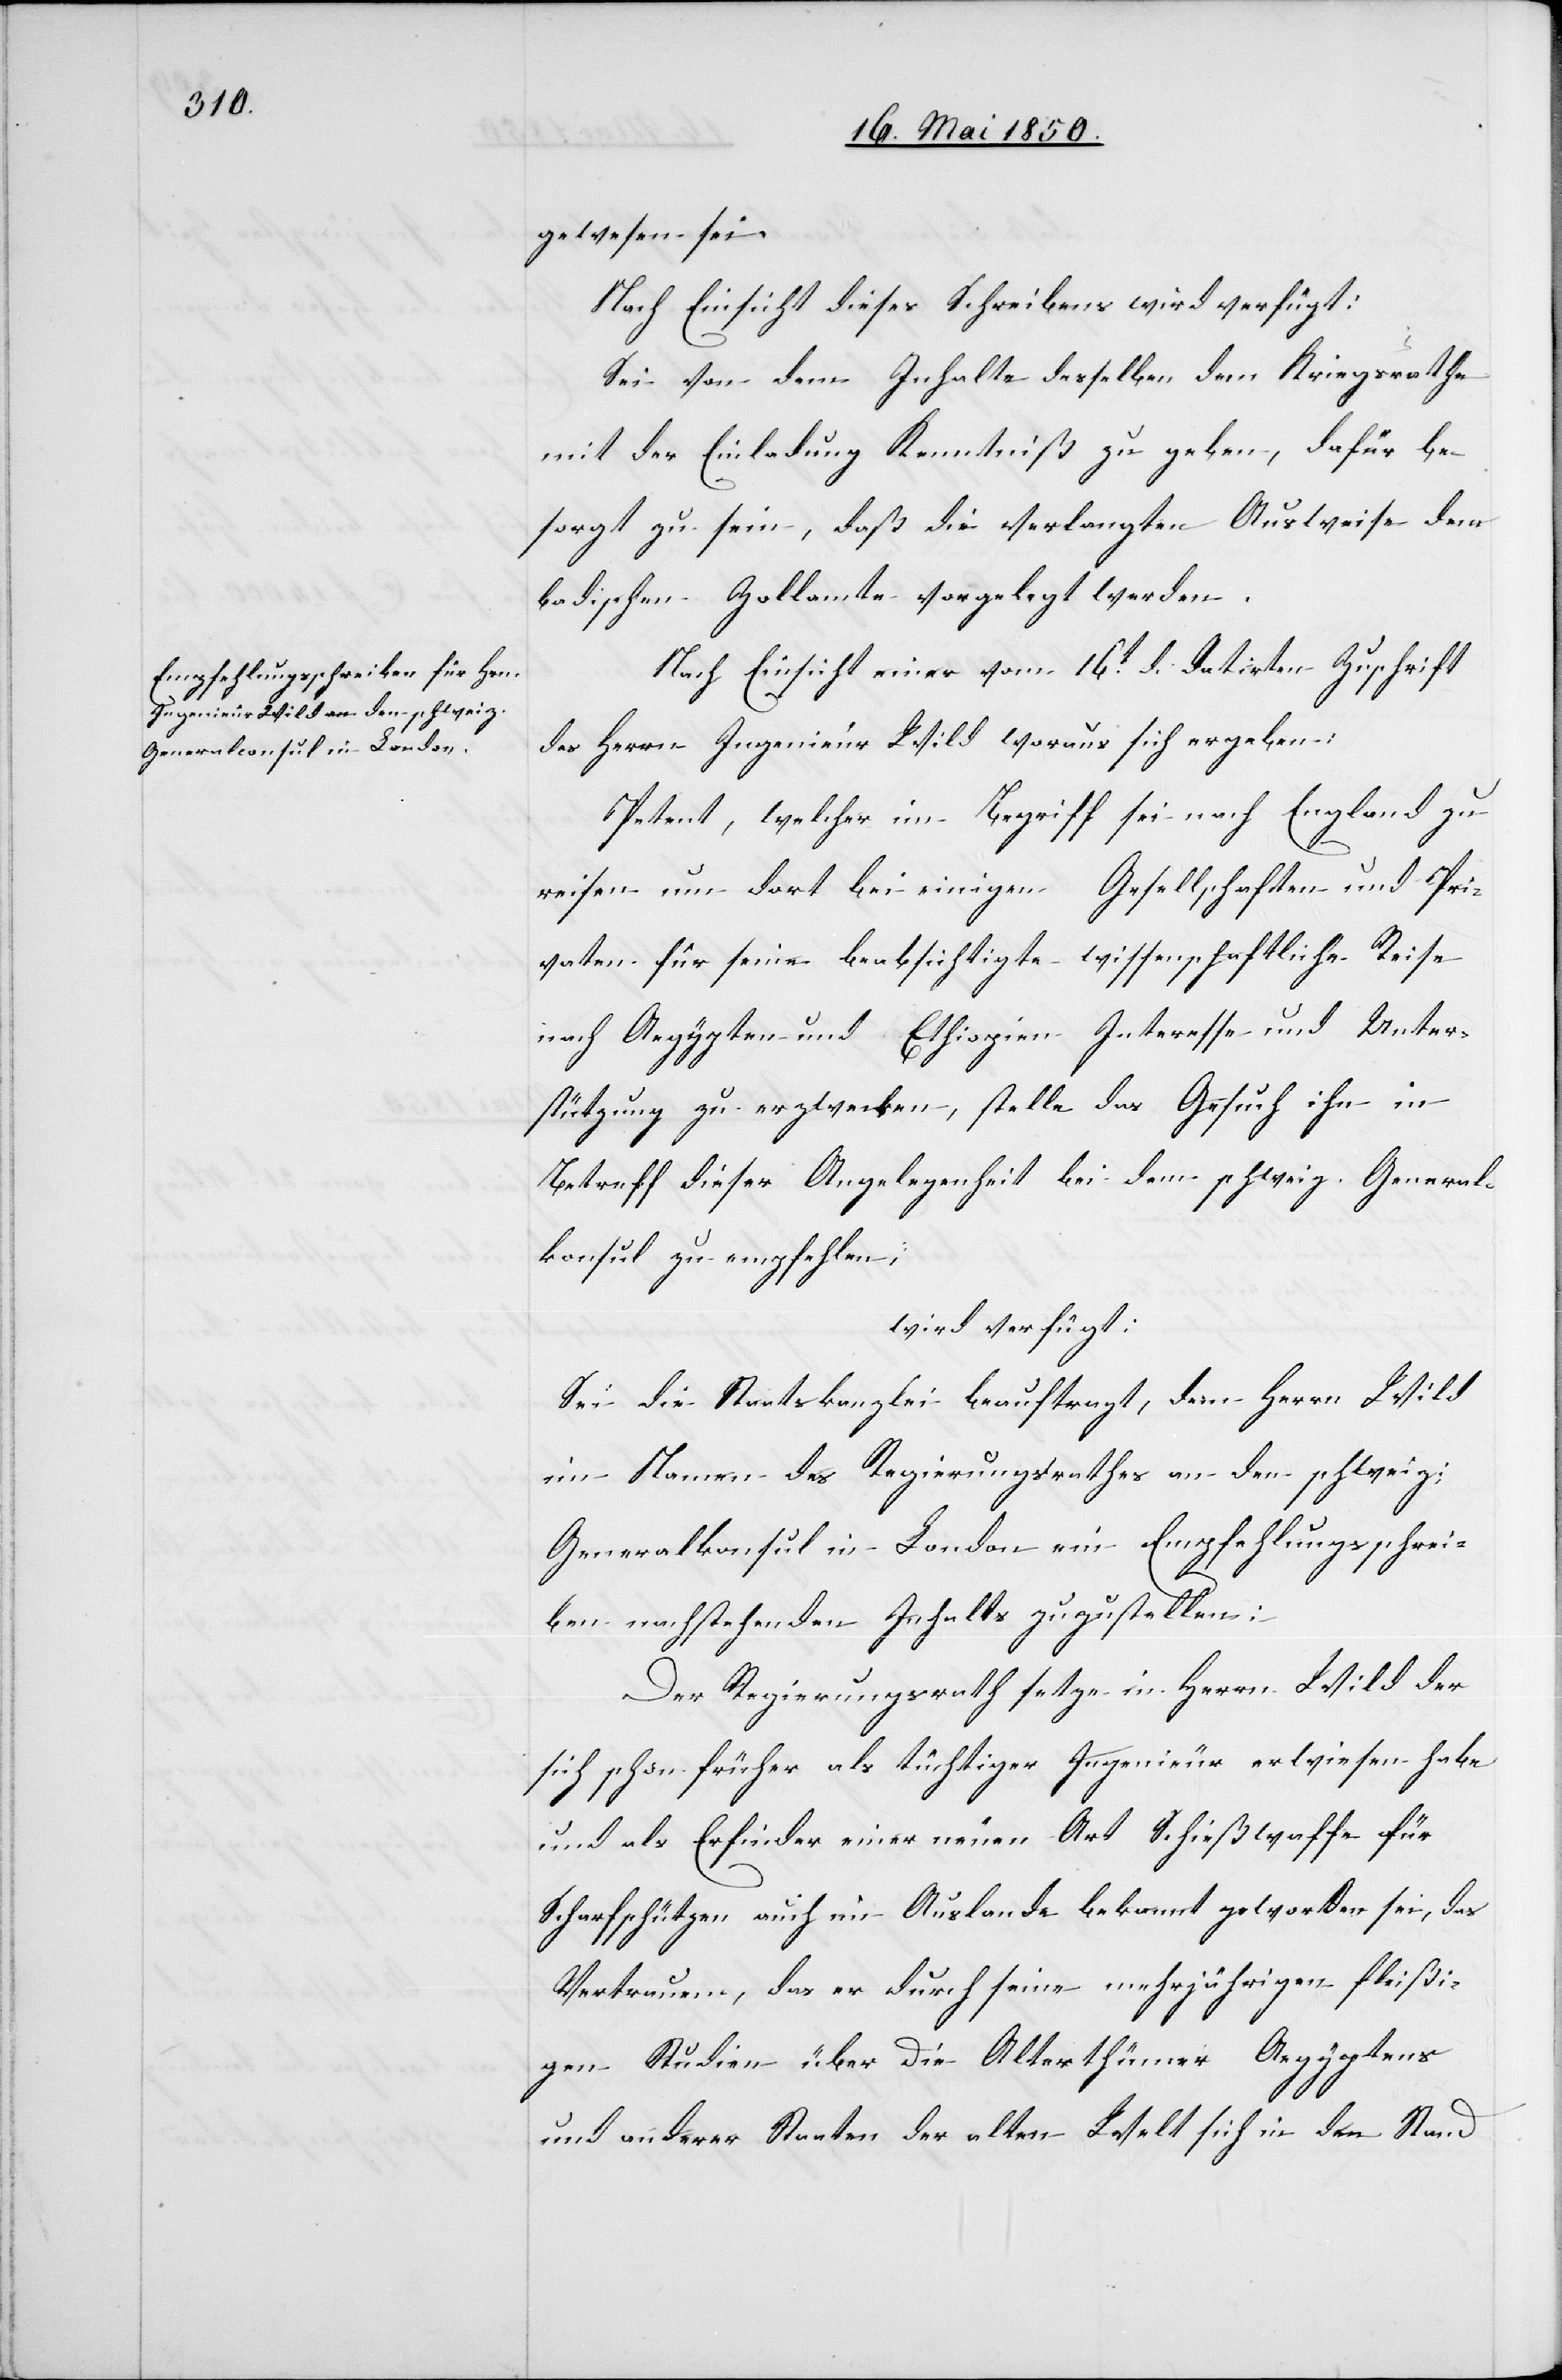
17. Mai 1850.]
gewesen sei.
Nach Einsicht dieses Schreibens wird verfügt:
Sei von dem Inhalte desselben dem Kriegsrathe
mit der Einladung Kenntniß zu geben, dafür be¬
sorgt zu sein, daß die verlangten Ausweise dem
badischen Zollamte vorgelegt werden.
Nach Einsicht einer vom 16t d. datirten Zuschrift
des Herrn Ingenieur Wild woraus sich ergeben:
Petent, welcher im Begriff sei nach England zu
reisen um dort bei einigen Gesellschaften und Pri¬
vaten für seine beabsichtigte wissenschaftliche Reise
nach Aegypten und Ethiopien Interesse und Unter¬
stützung zu erzwecken, stelle das Gesuch ihn in
Betreff dieser Angelegenheit bei dem schweiz. General¬
konsul zu empfehlen,
wird verfügt:
Sei die Staatskanzlei beauftragt, dem Herrn Wild
im Namen des Regierungsrathes an den schweiz:
Generalkonsul in London ein Empfehlungsschrei¬
ben nachstehenden Inhalts zuzustellen:
Der Regierungsrath setze in Herrn Wild der
sich schon früher als tüchtiger Ingenieur erwiesen habe
und als Erfinder einer neuen Art Schießwaffe für
Scharfschützen auch im Auslande bekannt geworden sei, das
Vertrauen, das er durch seine mehrjährigen fleißi¬
gen Studien über die Alterthümer Aegyptens
und anderer Staaten der alten Welt sich in den Stand